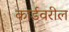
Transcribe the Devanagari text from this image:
कार्डवरील